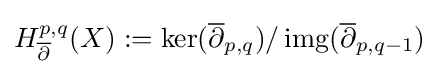
H_{\overline {\partial }}^{p,q}(X):=\ker({\overline {\partial }}_{p,q})/\operatorname {img} ({\overline {\partial }}_{p,q-1})